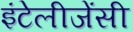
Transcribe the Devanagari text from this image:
इंटेलीजेंसी